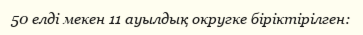
50 елді мекен 11 ауылдық округке біріктірілген: